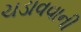
ચડાવવાની